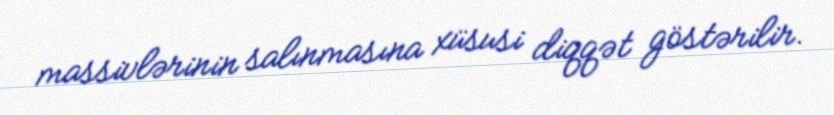
massivlərinin salınmasına xüsusi diqqət göstərilir.